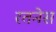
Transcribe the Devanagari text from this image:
रतनेस